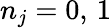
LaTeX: n_{j}=0,\, 1